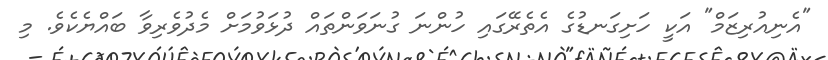
"އެނިއުރިޒަމް" އަކީ ހަށިގަނޑުގެ އެތެރޭގައި ހުންނަ ގުނަވަންތައް ދުޅަވުމަށް މެދުވެރިވާ ބައްޔެކެވެ. މި